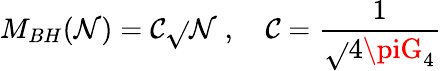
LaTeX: M_{BH}(\mathcal{N})={\cal\mathcal{C}}\sqrt{}{{\mathcal{N}}}\; ,\quad{\cal\mathcal{C}}=\frac{{1}}{{\sqrt{}{{4\piG_{4}}}}}